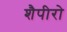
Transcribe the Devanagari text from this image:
शैपीरो